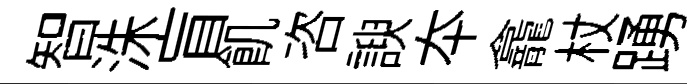
智洙盲飢咨諛夲龕杖踴